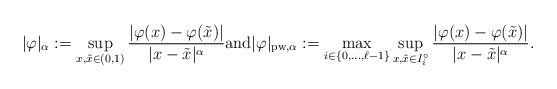
\begin{align*}| \varphi | _\alpha := \sup _{x,\tilde{x} \in (0,1)} \frac{| \varphi (x) - \varphi ( \tilde{x} ) |}{|x - \tilde{x}| ^\alpha} \mbox{and} | \varphi | _{\mathrm{pw}, \alpha} := \max _{i \in \{ 0 , \ldots , \ell -1\}} \sup _{x,\tilde{x} \in I _i ^\circ} \frac{| \varphi (x) - \varphi ( \tilde{x} ) |}{|x - \tilde{x}| ^\alpha} .\end{align*}